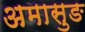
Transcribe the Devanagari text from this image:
अमासुङ